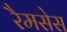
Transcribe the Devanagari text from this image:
रैमसेस